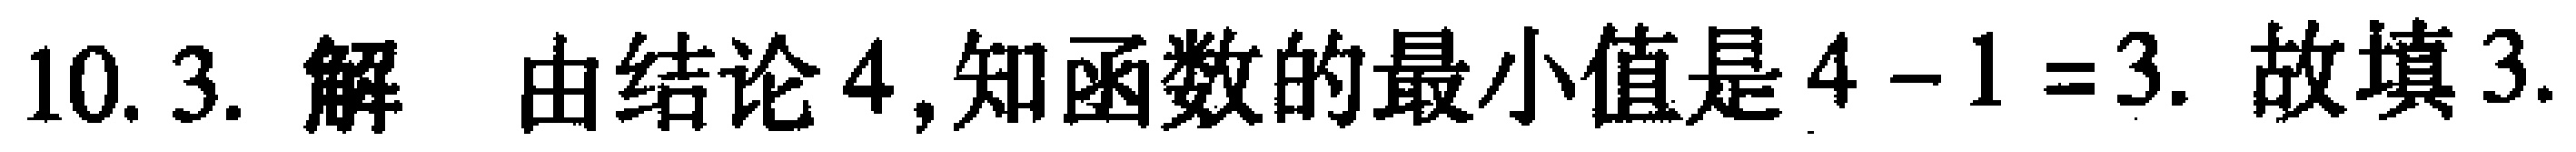
10. 3. 解 由结论4,知函数的最小值是\(4 - 1 = 3\). 故填3.